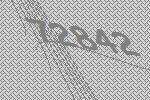
72842